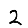
Digit: 2